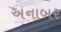
અનાબર